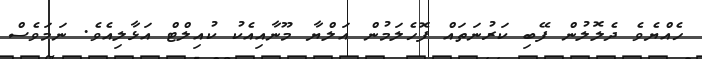
ހެއްޔެވެ ދެލޮލުން ފޭބި ކަރުނަތައް ފޮހެލަމުން އަލްޔާ މޫނާއިއެކު ކުއިލްޓް އަޅާލިއެވެ. ނަމަވެސް